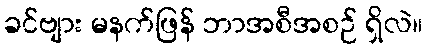
ခင်ဗျား မနက်ဖြန် ဘာအစီအစဉ် ရှိလဲ။